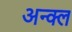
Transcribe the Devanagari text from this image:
अन्क्ल